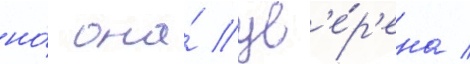
но́ она́ ув'е́р'ена /